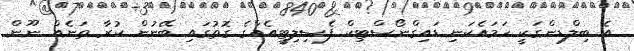
އެ ބިލްޑިންގަކީ ހަމައެކަނި ޑައިގްނޯސްޓިކް ފެސިލިޓީއެއްގެ ގޮތުގައި ބޭނުން ކުރާ ތަނެއް ނޫން